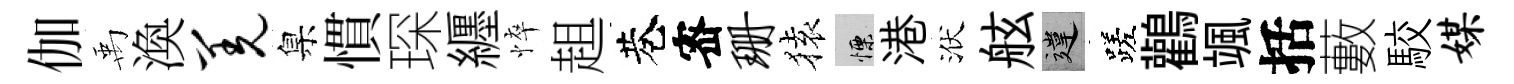
伽禹渙羌臬慣琛纒悴趄巷宻珊𫞤慄港洑舷違蹉鸛颯括藪駮媒